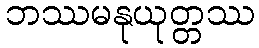
ဘဿမနုယုတ္တဿ